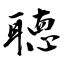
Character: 聴